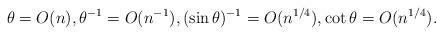
LaTeX: \begin{align*} \theta = O(n),\theta^{-1}=O(n^{-1}),(\sin\theta)^{-1}=O(n^{1/4}),\cot\theta = O(n^{1/4}).\end{align*}